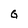
Character: G